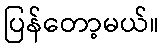
ပြန်တော့မယ်။